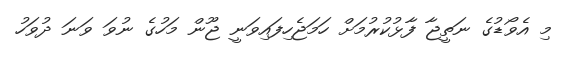
މި އެވޯޑުގެ ނަތީޖާ ފާޅުކުރުމަށް ހަމަޖެހިފައިވަނީ ޖޫން މަހުގެ ނުވަ ވަނަ ދުވަހު